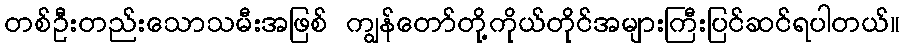
တစ်ဦးတည်းသောသမီးအဖြစ် ကျွန်တော်တို့ကိုယ်တိုင်အများကြီးပြင်ဆင်ရပါတယ်။